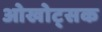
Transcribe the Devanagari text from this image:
ओखोट्सक